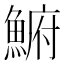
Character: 𩸅